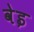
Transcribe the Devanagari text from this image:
वेइ